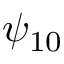
\psi _ { 1 0 }